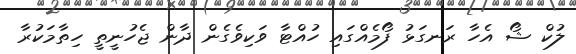
ލުކް ޝޯ އެހާ ރަނގަޅު ފޯމެއްގައި ހުއްޓާ ވަކިވެގެން ދާން ޖެހުނީތީ ހިތާމަކުރާ